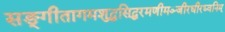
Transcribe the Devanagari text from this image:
सङ्गीतागमशुद्धसिद्धरमणीमञ्जीरधीरध्वनिम्